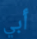
أبي